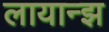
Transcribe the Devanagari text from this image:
लायान्झ